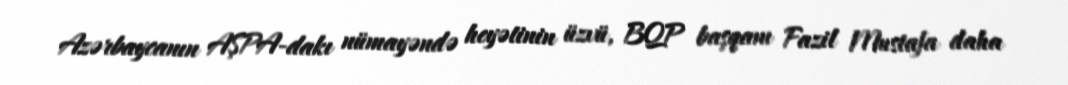
Azərbaycanın AŞPA-dakı nümayəndə heyətinin üzvü, BQP başqanı Fazil Mustafa daha